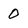
Character: 0